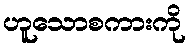
ဟူသောစကားကို